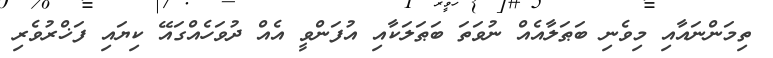
ތިމަންނައާއި މިވެނި ބަޠަލާއެއް ނުވަތަ ބަޠަލަކާއި އުފަންވީ އެއް ދުވަހެއްގައޭ ކިޔައި ފަޚްރުވެރި